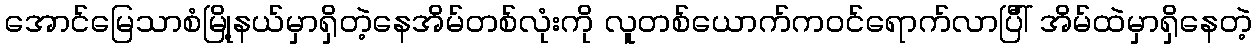
အောင်မြေသာစံမြို့နယ်မှာရှိတဲ့နေအိမ်တစ်လုံးကို လူတစ်ယောက်ကဝင်ရောက်လာပြီါ် အိမ်ထဲမှာရှိနေတဲ့